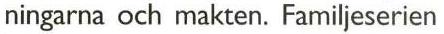
ningarna och makten. Familjeserien